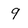
Character: 9